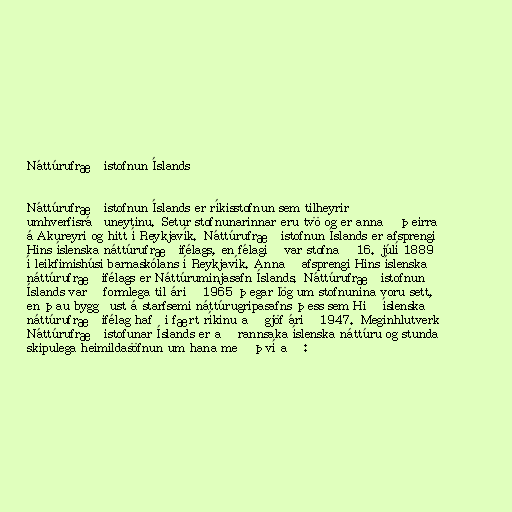
Náttúrufræðistofnun Íslands

Náttúrufræðistofnun Íslands er ríkisstofnun sem tilheyrir
umhverfisráðuneytinu. Setur stofnunarinnar eru tvö og er annað þeirra
á Akureyri og hitt í Reykjavík. Náttúrufræðistofnun Íslands er afsprengi
Hins íslenska náttúrufræðifélags, en félagið var stofnað 16. júlí 1889
í leikfimishúsi barnaskólans í Reykjavík. Annað afsprengi Hins íslenska
náttúrufræðifélags er Náttúruminjasafn Íslands. Náttúrufræðistofnun
Íslands varð formlega til árið 1965 þegar lög um stofnunina voru sett,
en þau byggðust á starfsemi náttúrugripasafns þess sem Hið íslenska
náttúrufræðifélag hafði fært ríkinu að gjöf árið 1947. Meginhlutverk
Náttúrufræðistofunar Íslands er að rannsaka íslenska náttúru og stunda
skipulega heimildasöfnun um hana með því að :